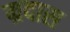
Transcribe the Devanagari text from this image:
म्रदास